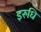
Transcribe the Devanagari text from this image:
इरुधि